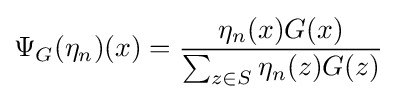
\Psi _{G}(\eta _{n})(x)={\frac {\eta _{n}(x)G(x)}{\sum _{z\in S}\eta _{n}(z)G(z)}}